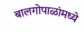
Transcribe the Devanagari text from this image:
बालगोपाळांमध्ये